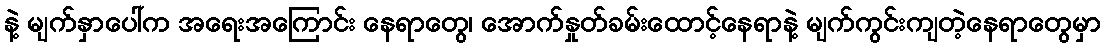
နဲ့ မျက်နှာပေါ်က အရေးအကြောင်း နေရာတွေ၊ အောက်နှုတ်ခမ်းထောင့်နေရာနဲ့ မျက်ကွင်းကျတဲ့နေရာတွေမှာ